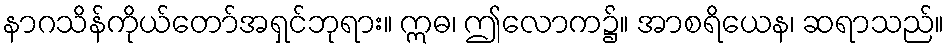
နာဂသိန်ကိုယ်တော်အရှင်ဘုရား။ ဣဓ၊ ဤလောက၌။ အာစရိယေန၊ ဆရာသည်။